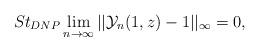
LaTeX: \begin{align*} St_{DNP}\lim_{n\rightarrow \infty}||\mathcal{Y}_{n}(1,z)-1||_{\infty}=0, \end{align*}